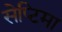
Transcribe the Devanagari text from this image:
सेप्टिमा